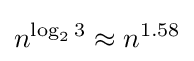
n^{\log _{2}3}\approx n^{1.58}